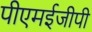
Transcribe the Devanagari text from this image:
पीएमईजीपी